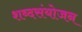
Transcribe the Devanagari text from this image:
शब्दसंयोजन